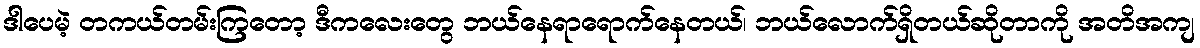
ဒါပေမဲ့ တကယ်တမ်းကြတော့ ဒီကလေးတွေ ဘယ်နေရာရောက်နေတယ်၊ ဘယ်လောက်ရှိတယ်ဆိုတာကို အတိအကျ